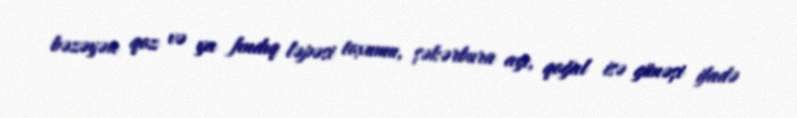
bəzəyən qoz və ya fındıq ləpəsi toxumu, şəkərbura ayı, qoğal isə günəşi ifadə